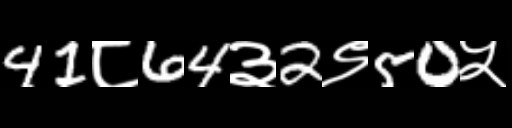
Text: 41८64३2९50५